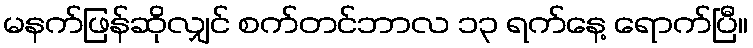
မနက်ဖြန်ဆိုလျှင် စက်တင်ဘာလ ၁၃ ရက်နေ့ ရောက်ပြီ။